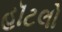
હૉટલો